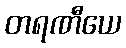
တရဏီယေ